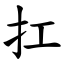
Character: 扛